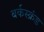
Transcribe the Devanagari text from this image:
बर्कस्क्रंड